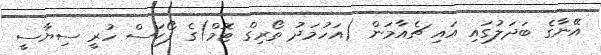
އޭނާގެ ބަދަލުގައި އައި ޗެއާމަން (އަހުމަދު ތޯރިގް ޓޮމް)ގެ ފޯކަސް ހުރީ ސިޔާސީ